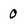
Character: 0